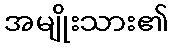
အမျိုးသား၏